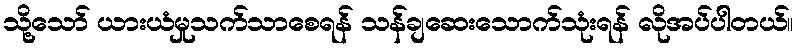
သို့သော် ယားယံမှုသက်သာစေရန် သန်ချဆေးသောက်သုံးရန် လိုအပ်ပါတယ်။